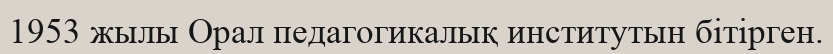
1953 жылы Орал педагогикалық институтын бітірген.